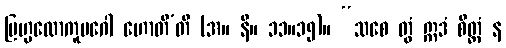
ဗြဟ္မလောကူပဂေါ ဟောတီ’တိ (အ။ နိ။ ၁၁။၁၅)။ “သစေ တွံ ဣဒံ စိတ္တံ န